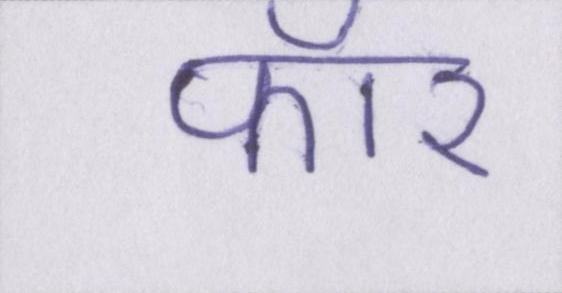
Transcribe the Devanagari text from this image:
फॉर